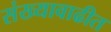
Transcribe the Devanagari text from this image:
संख्यावाढीत